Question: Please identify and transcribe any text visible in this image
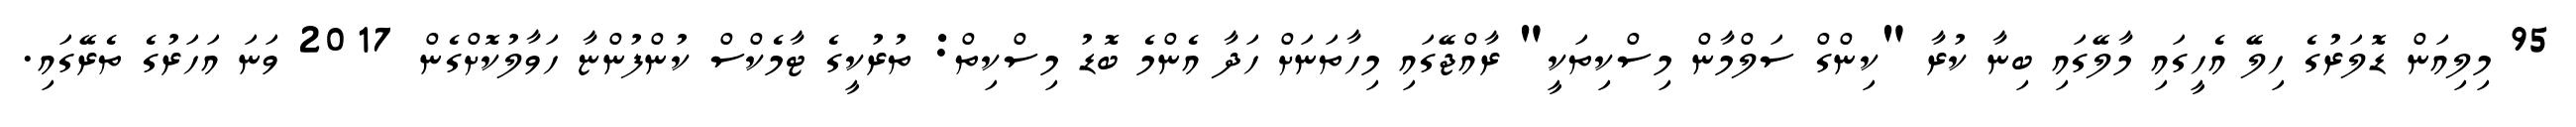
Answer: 95 މިލިއަން ޑޮލަރުގެ ހިލޭ އެހީގައި މާލޭގައި ބިނާ ކުރާ "ކިންގް ސަލްމާން މިސްކިތަކީ" ރާއްޖޭގައި މިހާތަނަށް ހަދާ އެންމެ ބޮޑު މިސްކިތް: ތުރުކީގެ ޓާމެކްސް ކުންފުންޏާ ހަވާލުކޮށްގެން 2017 ވަނަ އަހަރުގެ ތެރޭގައި.